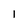
Character: l